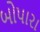
બોપારા